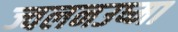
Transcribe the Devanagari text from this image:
ज्वलनउष्मा